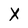
Character: X